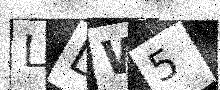
Text: LDW5